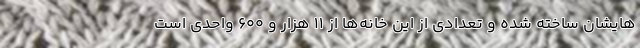
هایشان ساخته شده و تعدادی از این خانه‌ها از 11 هزار و 600 واحدی است